Indian journal of veterinary science and animal husbandry - Volumes 18-21, 1948-1951
Year: 1948
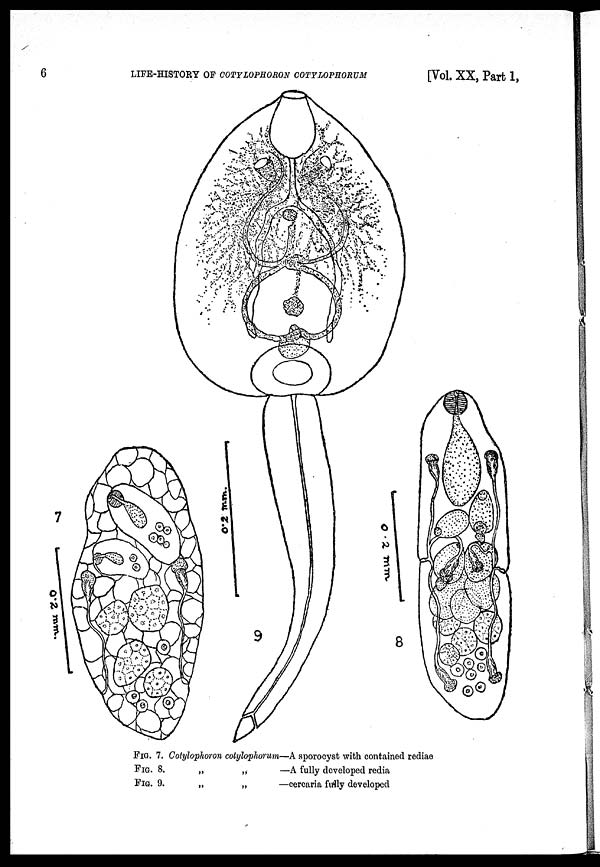
6
LIFE-HISTORY OF COTYLOPHORON COTYLOPHORUM
[Vol. XX, Part 1,
FIG. 7. Cotylophoron cotylophorum—A sporocyst with contained rediae
FIG. 8.
„
„
—A fully developed redia
FIG. 9.
„
„
—cercaria fully developed